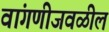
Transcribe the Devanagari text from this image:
वांगणीजवळील